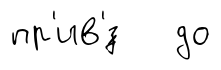
пр'ив'́з до